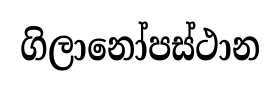
ගිලානෝපස්ථාන